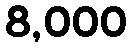
8,000